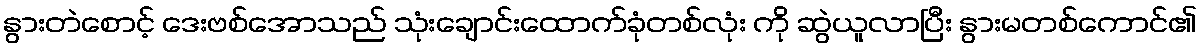
နွားတဲစောင့် ဒေးဗစ်အောသည် သုံးချောင်းထောက်ခုံတစ်လုံး ကို ဆွဲယူလာပြီး နွားမတစ်ကောင်၏